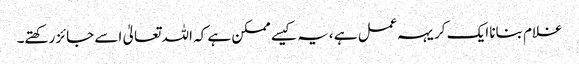
غلام بنانا ایک کریہہ عمل ہے ،یہ کیسے ممکن ہے کہ اللہ تعالیٰ اسے جائز رکھتے۔